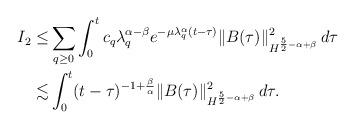
LaTeX: \begin{align*}I_2\leq& \sum_{q\geq0}\int_0^t c_q\lambda_q^{\alpha-\beta}e^{-\mu\lambda_q^\alpha (t-\tau)}\|B(\tau)\|^2_{H^{\frac52-\alpha+\beta}} \, d\tau\\\lesssim& \int_0^t (t-\tau)^{-1+\frac{\beta}{\alpha}}\|B(\tau)\|^2_{H^{\frac52-\alpha+\beta}} \, d\tau.\end{align*}